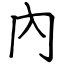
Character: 內